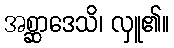
အစ္ဆာဒေသိ၊ လှူ၏။